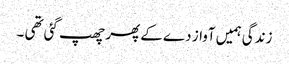
زندگی ہمیں آواز دے کے پھر چھپ گئی تھی ۔